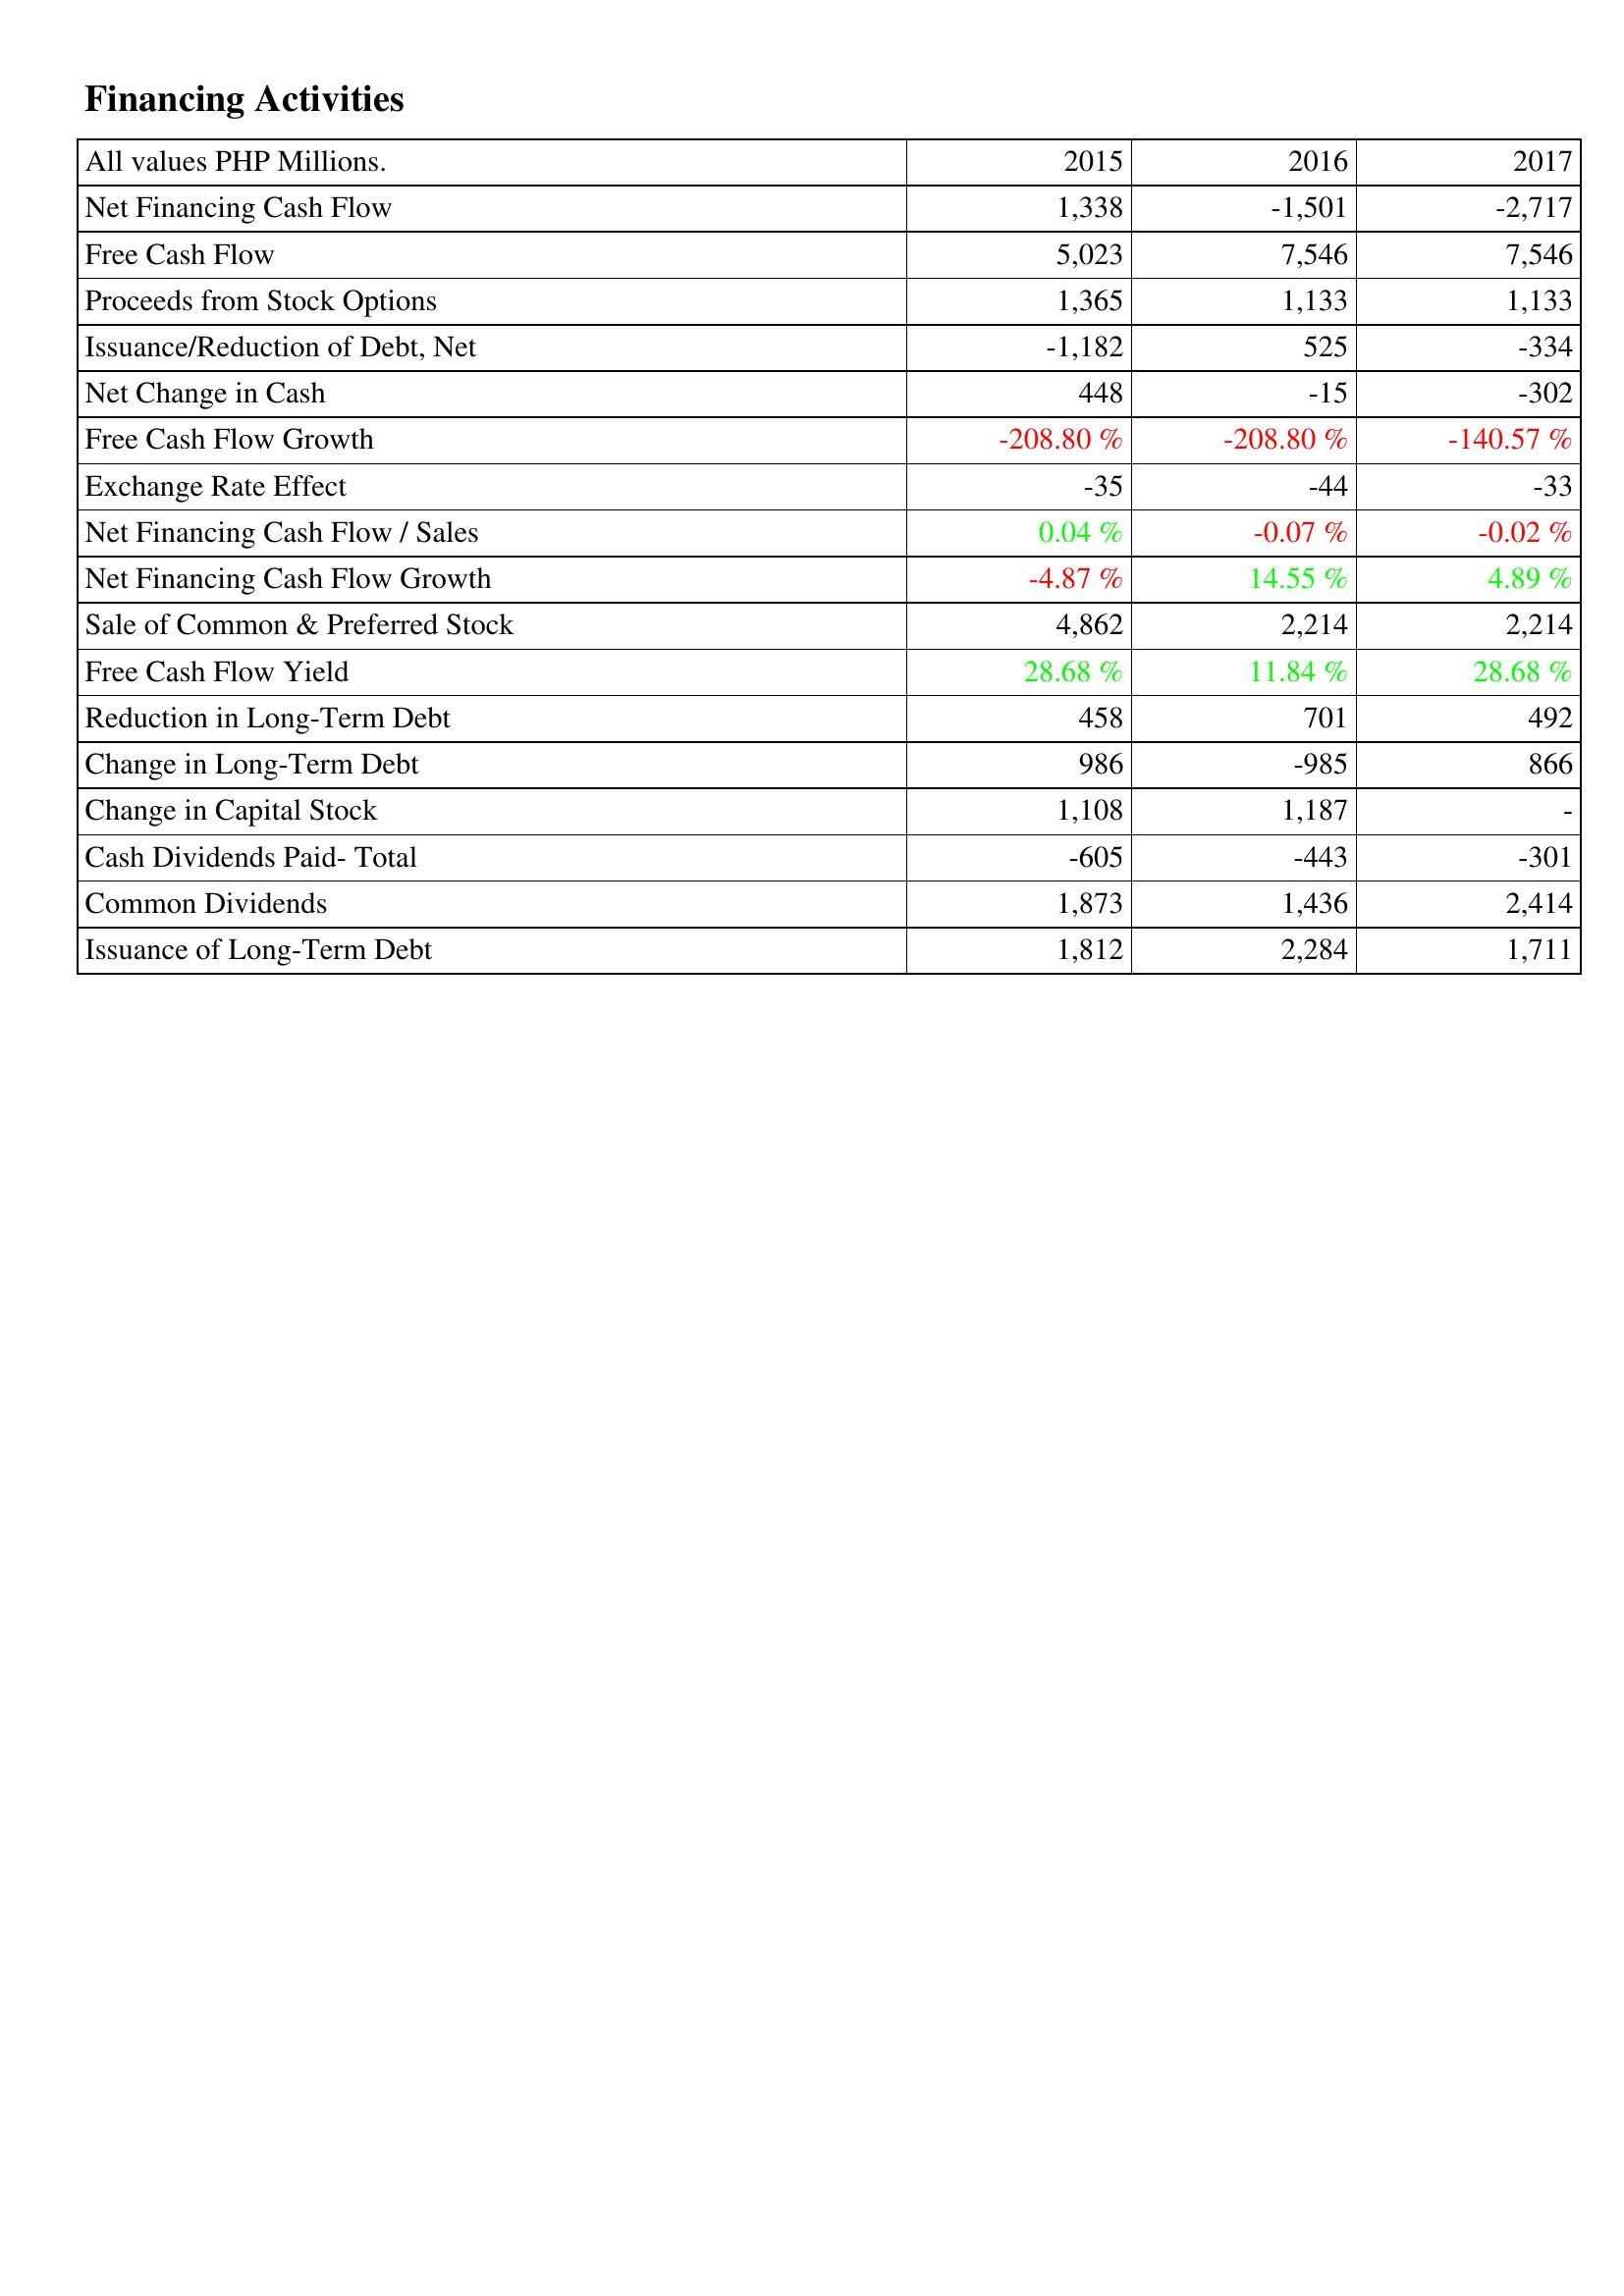
2015: Financing Activities: Net Financing Cash Flow: 1,338
Free Cash Flow: 5,023
Proceeds from Stock Options: 1,365
Issuance/Reduction of Debt, Net: -1,182
Net Change in Cash: 448
Free Cash Flow Growth: -208.80 %
Exchange Rate Effect: -35
Net Financing Cash Flow / Sales: 0.04 %
Net Financing Cash Flow Growth: -4.87 %
Sale of Common & Preferred Stock: 4,862
Free Cash Flow Yield: 28.68 %
Reduction in Long-Term Debt: 458
Change in Long-Term Debt: 986
Change in Capital Stock: 1,108
Cash Dividends Paid- Total: -605
Common Dividends: 1,873
Issuance of Long-Term Debt: 1,812
2016: Financing Activities: Net Financing Cash Flow: -1,501
Free Cash Flow: 7,546
Proceeds from Stock Options: 1,133
Issuance/Reduction of Debt, Net: 525
Net Change in Cash: -15
Free Cash Flow Growth: -208.80 %
Exchange Rate Effect: -44
Net Financing Cash Flow / Sales: -0.07 %
Net Financing Cash Flow Growth: 14.55 %
Sale of Common & Preferred Stock: 2,214
Free Cash Flow Yield: 11.84 %
Reduction in Long-Term Debt: 701
Change in Long-Term Debt: -985
Change in Capital Stock: 1,187
Cash Dividends Paid- Total: -443
Common Dividends: 1,436
Issuance of Long-Term Debt: 2,284
2017: Financing Activities: Net Financing Cash Flow: -2,717
Free Cash Flow: 7,546
Proceeds from Stock Options: 1,133
Issuance/Reduction of Debt, Net: -334
Net Change in Cash: -302
Free Cash Flow Growth: -140.57 %
Exchange Rate Effect: -33
Net Financing Cash Flow / Sales: -0.02 %
Net Financing Cash Flow Growth: 4.89 %
Sale of Common & Preferred Stock: 2,214
Free Cash Flow Yield: 28.68 %
Reduction in Long-Term Debt: 492
Change in Long-Term Debt: 866
Change in Capital Stock: -
Cash Dividends Paid- Total: -301
Common Dividends: 2,414
Issuance of Long-Term Debt: 1,711